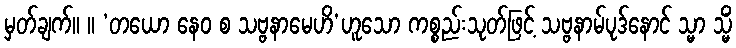
မှတ်ချက်။ ။ ‘တယော နေဝ စ သဗ္ဗနာမေဟိ’ဟူသော ကစ္စည်းသုတ်ဖြင့် သဗ္ဗနာမ်ပုဒ်နောင် သ္မာ သ္မိံ